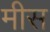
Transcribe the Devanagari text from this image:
मीस